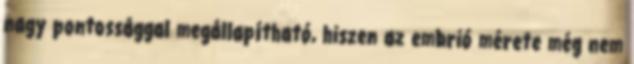
nagy pontossággal megállapítható, hiszen az embrió mérete még nem